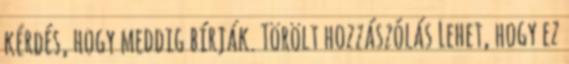
kérdés, hogy meddig bírják. Törölt hozzászólás Lehet, hogy ez